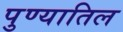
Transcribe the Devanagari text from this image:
पुण्यातिल